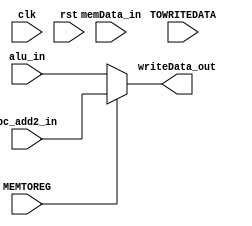
module Writeback(clk,rst,memData_in,alu_in,pc_add2_in,writeData_out,MEMTOREG,TOWRITEDATA);
input clk,rst, MEMTOREG, TOWRITEDATA;
input [15:0] memData_in, alu_in, pc_add2_in;
output [15:0] writeData_out;
wire [15:0] outData;

assign outData = MEMTOREG ? memData_in: alu_in;
assign writeData_out = MEMTOREG? pc_add2_in: outData;




endmodule
//WriteBackStage